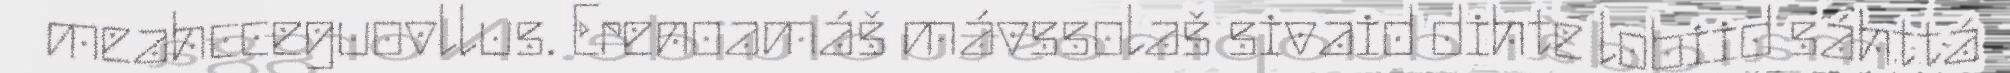
meahcceguovllus. Erenoamáš mávssolaš sivaid dihte lobiid sáhttá